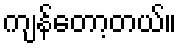
ကျန်တော့တယ်။